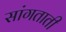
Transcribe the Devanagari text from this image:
सांगताती